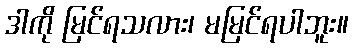
ဒါကို မြင်ရသလား၊ မမြင်ရပါဘူး။